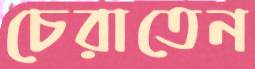
চেরাতেন